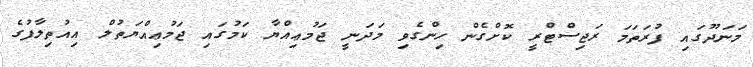
މަނަދޫގައި ފުރަތަމަ ރަޖިސްޓްރީ ކޮށްގެން ހިންގެވި މަދަނީ ޖަމުޢިއްޔާ ކަމުގައި ޖަމުޢިއްޔަތުލް އިއުތިލާފުގެ